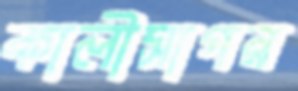
কালীসাগর